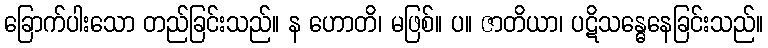
ခြောက်ပါးသော တည်ခြင်းသည်။ န ဟောတိ၊ မဖြစ်။ ပ။ ဇာတိယာ၊ ပဋိသန္ဓေနေခြင်းသည်။